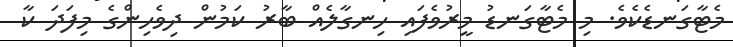
މެޓާގަނޑެކެވެ. މި މެޓާގަނޑު މީރުވެފައި ހިނގާލެއް ބާރު ކަމުން ދިވެހިންގެ މިފަދަ ކާ